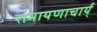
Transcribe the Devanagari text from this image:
रामायणाचार्य्